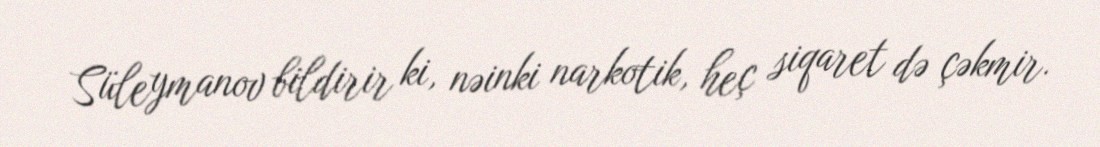
Süleymanov bildirir ki, nəinki narkotik, heç siqaret də çəkmir.